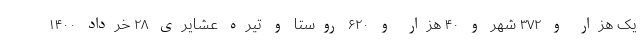
یک هزار و ۳۷۲ شهر و ۴۰ هزار و ۶۲۰ روستا و تیره عشایری ۲۸ خرداد ۱۴۰۰